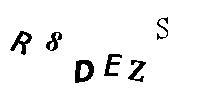
R8DEZS